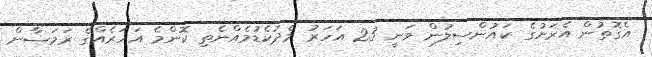
އެގޮތުން އެރަށުގެ ކައުންސިލުން ވަނީ 23 އަހަރު މެދުކެޑުމެއްނެތި ކޮންމެ އަހަރެއްގެ ރަމަޟާން